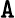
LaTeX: \mathtt{A}